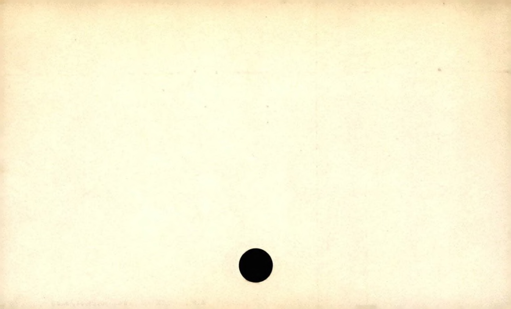
Label: blank